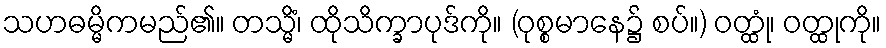
သဟဓမ္မိကမည်၏။ တသ္မိံ၊ ထိုသိက္ခာပုဒ်ကို။ (ဝုစ္စမာနေ၌ စပ်။) ဝတ္ထုံ၊ ဝတ္ထုကို။